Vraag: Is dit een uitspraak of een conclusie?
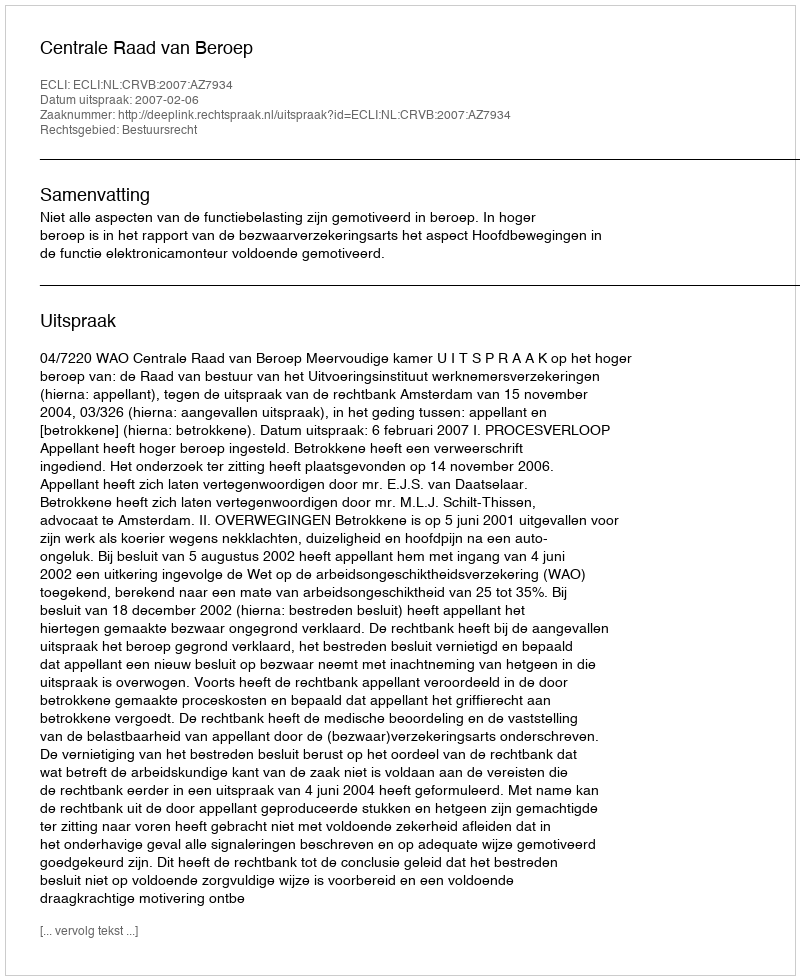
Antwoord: Uitspraak